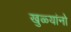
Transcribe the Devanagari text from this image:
खुळ्यांनो